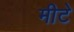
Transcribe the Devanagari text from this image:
मीटे